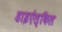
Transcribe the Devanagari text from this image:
डाइऐल्किल